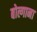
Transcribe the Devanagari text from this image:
बोल्गाना